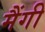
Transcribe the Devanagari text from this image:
मैंगी